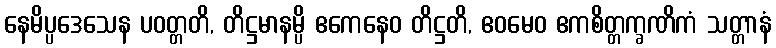
နေမိပ္ပဒေသေန ပဝတ္တတိ, တိဋ္ဌမာနမ္ပိ ဧကေနေဝ တိဋ္ဌတိ, ဧဝမေဝ ဧကစိတ္တက္ခဏိကံ သတ္တာနံ